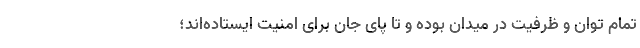
تمام توان و ظرفیت در میدان بوده و تا پای جان برای امنیت ایستاده‌اند؛